Report on sanitation, dispensaries, and jails in Rajputana for 1921, and on vaccination for the year 1921-1922 - 1921-1922
Year: 1921
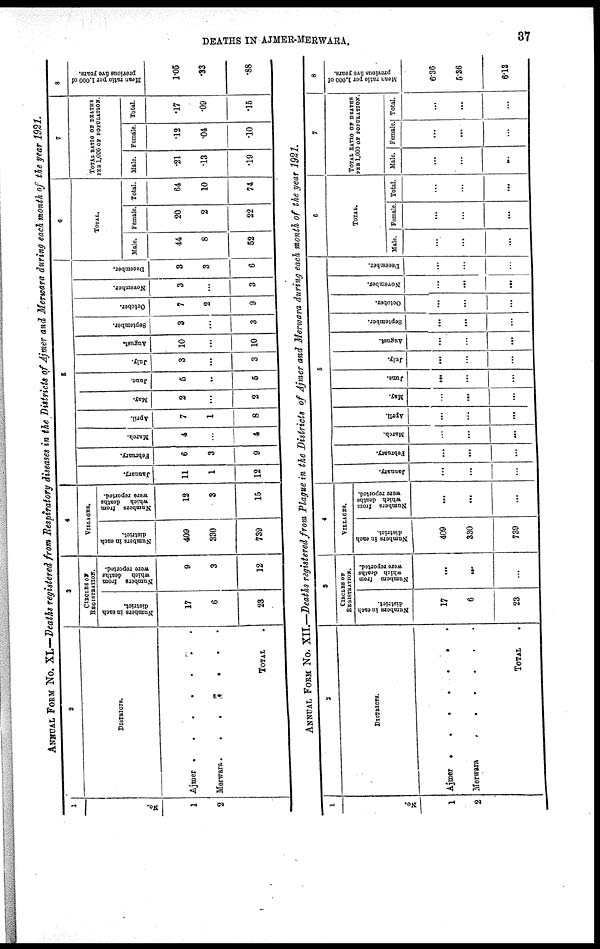
DEATHS IN AJMER-MERWARA.
37
ANNUAL FORM No. XI.—Deaths registered from Respiratory diseases in the Districts of Ajmer and Merwara during each month of the year 1921.
1
No.
1
2
2
DISTRICTS.
Ajmer.......
Merwara.......
TOTAL.
3
CIRCLES OF
REGISTRATION.
Numbers in each
district.
17
6
23
Numbers from
which deaths
were reported.
9
3
12
4
VILLAGES.
Numbers in each
district.
409
330
739
Numbers from
which deaths
were reported.
12
3
15
5
January.
11
1
12
February.
6
3
9
March.
4
...
4
April.
7
1
8
May.
2
...
2
June.
5
...
5
July.
3
...
3
August.
10
...
10
September.
3
...
3
October.
7
2
9
November.
3
...
3
December.
3
3
6
6
TOTAL.
Male.
44
8
52
Female.
20
2
22
Total.
64
10
74
7
TOTAL RATIO OF DEATHS
PER 1,000 OF POPULATION.
Male.
.21
.13
.19
Female.
.12
.04
.10
Total.
.17
.09
.15
8
Mean ratio per 1,000 of
previous five years.
1.05
.33
.88
ANNUAL FORM No. XII.—Deaths registered from Plague in the Districts of Ajmer and Merwara during each month of the year 1921.
1
No.
1
2
2
DISTRICTS.
Ajmer.......
Merwara.
TOTAL.
3
CIRCLES OF
REGISTRATION.
Numbers in each
district.
17
6
23
Numbers from
which deaths
were reported.
...
...
...
4
VILLAGES.
Numbers in each
district.
409
330
739
Numbers from
which deaths
were reported.
...
...
...
6
January.
...
...
...
February.
...
...
...
March.
...
...
...
April.
...
...
...
May.
...
...
...
June.
...
...
...
July.
...
...
...
August.
...
...
...
September.
...
...
...
October.
...
...
...
November.
...
...
...
December.
...
...
...
6
TOTAL.
Male.
...
...
...
Female.
...
...
...
Total.
...
...
...
7
TOTAL RATIO OF DEATHS
PER 1,000 OF POPULATION.
Male.
...
...
...
Female.
...
...
...
Total.
...
...
...
8
Mean rati
privious f
6.36
5.36
6.13